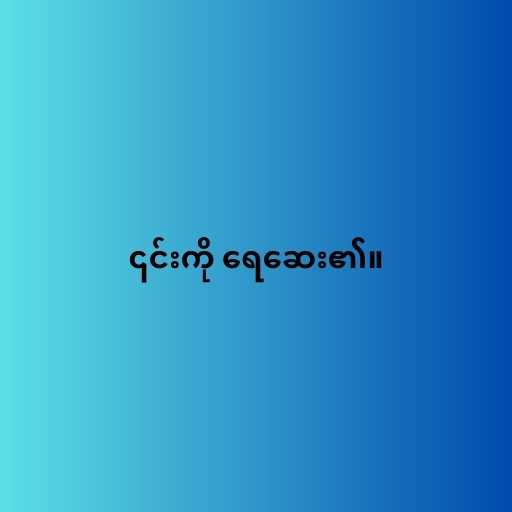
၎င်းကို ရေဆေး၏။